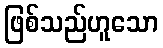
ဖြစ်သည်ဟူသော